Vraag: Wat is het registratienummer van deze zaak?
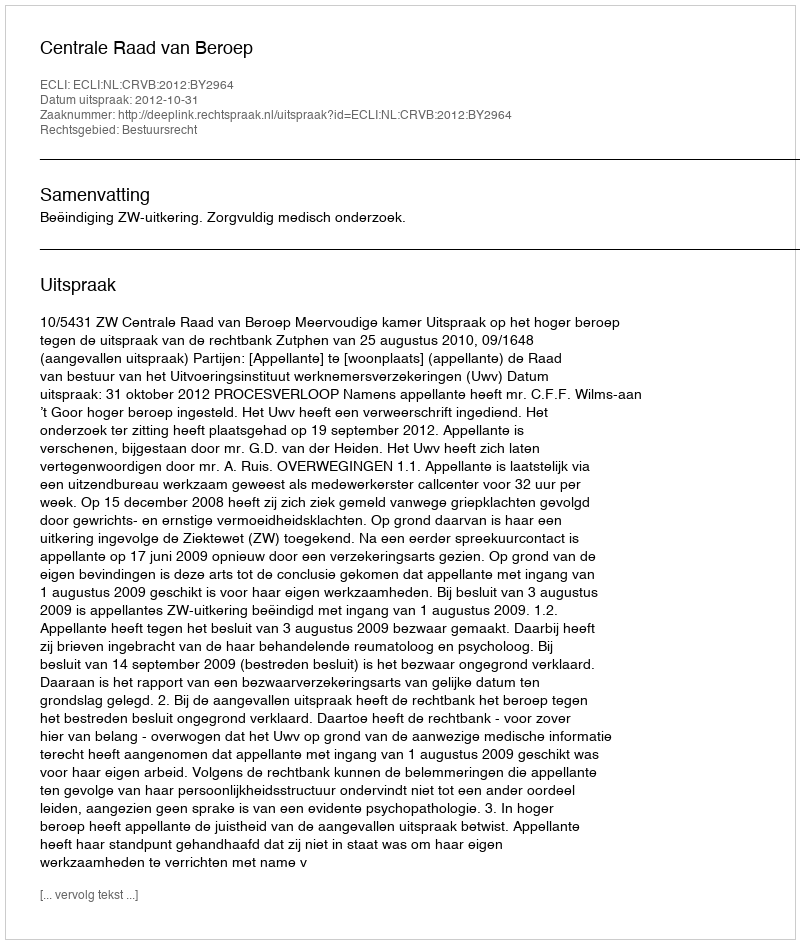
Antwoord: http://deeplink.rechtspraak.nl/uitspraak?id=ECLI:NL:CRVB:2012:BY2964